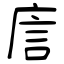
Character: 譍